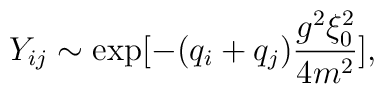
Y_{ij} \sim \exp[- (q_i + q_j) {g^2 \xi_0^2 \over 4m^2}] ,